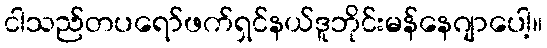
ငါသည်တပရော်ဖက်ရှင်နယ်ဒူဘိုင်းမန်နေဂျာပေါ့။